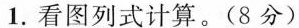
1.看图列式计算。(8分)